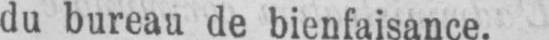
du bureau de bienfaisance.